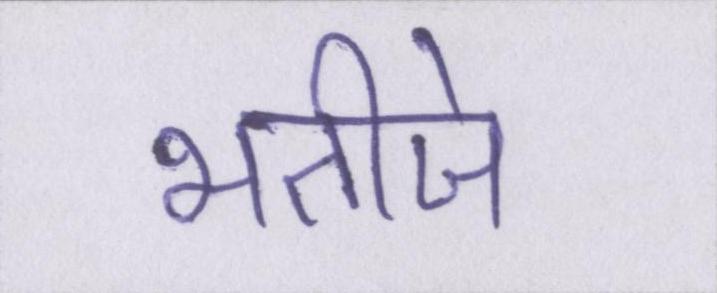
भतीजे